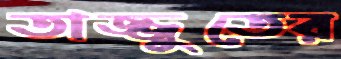
তাজ্জুতের